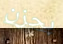
بحزن